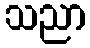
သညာ